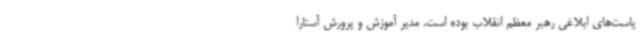
یاست‌های ابلاغی رهبر معظم انقلاب بوده است. مدیر آموزش و پرورش آستارا